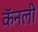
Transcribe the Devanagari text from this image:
कॅनली